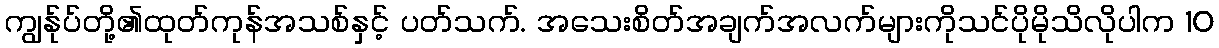
ကျွန်ုပ်တို့၏ထုတ်ကုန်အသစ်နှင့် ပတ်သက်. အသေးစိတ်အချက်အလက်များကိုသင်ပိုမိုသိလိုပါက 10